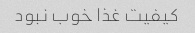
کیفیت غذا خوب نبود